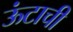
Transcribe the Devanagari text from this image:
ऊंटाची